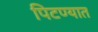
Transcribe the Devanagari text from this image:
पिटण्यात